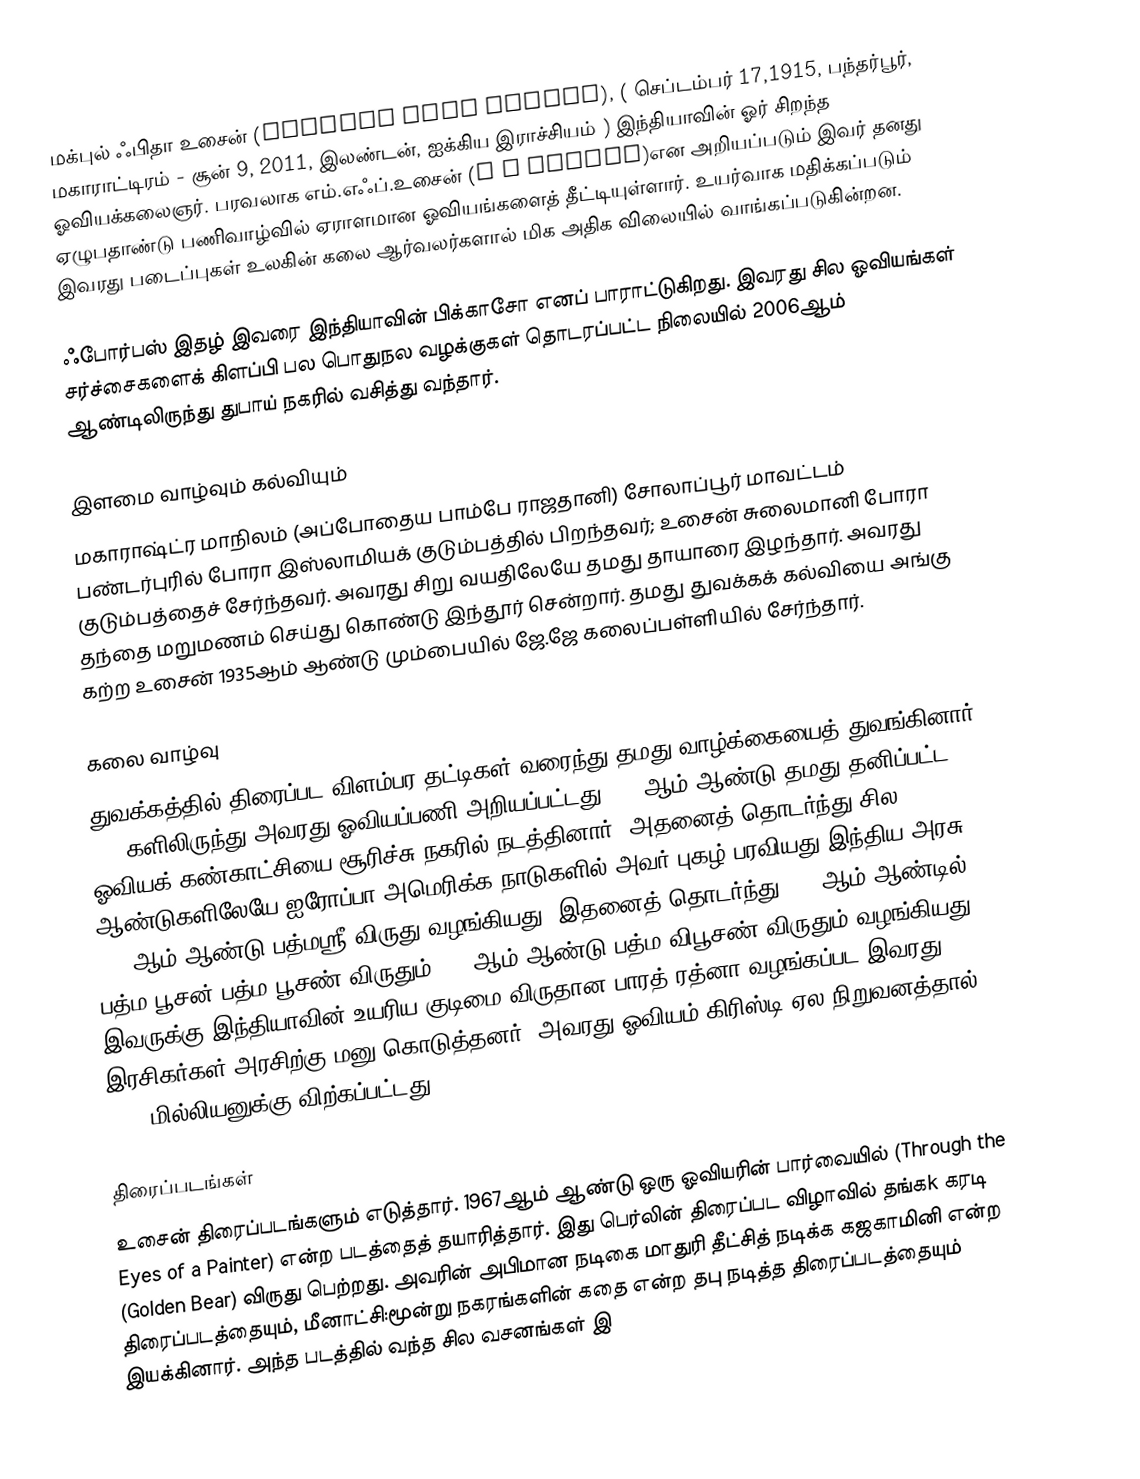
மக்புல் ஃபிதா உசைன் (Maqbool Fida Husain), ( செப்டம்பர் 17,1915, பந்தர்பூர், மகாராட்டிரம் - சூன் 9, 2011, இலண்டன், ஐக்கிய இராச்சியம் ) இந்தியாவின் ஓர் சிறந்த ஓவியக்கலைஞர். பரவலாக  எம்.எஃப்.உசைன் (M F Husain)என அறியப்படும் இவர் தனது ஏழுபதாண்டு பணிவாழ்வில் ஏராளமான ஓவியங்களைத் தீட்டியுள்ளார். உயர்வாக மதிக்கப்படும் இவரது படைப்புகள் உலகின் கலை ஆர்வலர்களால் மிக அதிக விலையில் வாங்கப்படுகின்றன.

ஃபோர்பஸ் இதழ் இவரை இந்தியாவின் பிக்காசோ எனப் பாராட்டுகிறது. இவரது சில ஓவியங்கள் சர்ச்சைகளைக் கிளப்பி பல பொதுநல வழக்குகள் தொடரப்பட்ட நிலையில் 2006ஆம் ஆண்டிலிருந்து துபாய் நகரில் வசித்து வந்தார்.

இளமை வாழ்வும் கல்வியும்
மகாராஷ்ட்ர மாநிலம் (அப்போதைய பாம்பே ராஜதானி) சோலாப்பூர் மாவட்டம் பண்டர்புரில் போரா இஸ்லாமியக் குடும்பத்தில் பிறந்தவர்; உசைன் சுலைமானி போரா குடும்பத்தைச் சேர்ந்தவர். அவரது சிறு வயதிலேயே தமது தாயாரை இழந்தார். அவரது தந்தை மறுமணம் செய்து கொண்டு இந்தூர் சென்றார். தமது துவக்கக் கல்வியை அங்கு கற்ற உசைன் 1935ஆம் ஆண்டு மும்பையில் ஜே.ஜே கலைப்பள்ளியில் சேர்ந்தார்.

கலை வாழ்வு
துவக்கத்தில் திரைப்பட விளம்பர தட்டிகள் வரைந்து தமது வாழ்க்கையைத் துவங்கினார். 1940களிலிருந்து அவரது ஓவியப்பணி அறியப்பட்டது.1952ஆம் ஆண்டு தமது தனிப்பட்ட ஓவியக் கண்காட்சியை சூரிச்சு நகரில் நடத்தினார். அதனைத் தொடர்ந்து சில ஆண்டுகளிலேயே ஐரோப்பா,அமெரிக்க நாடுகளில் அவர் புகழ் பரவியது.இந்திய அரசு 1955ஆம் ஆண்டு பத்மஸ்ரீ விருது வழங்கியது. இதனைத் தொடர்ந்து 1973ஆம் ஆண்டில் பத்ம பூசன்|பத்ம பூசண் விருதும் 1991ஆம் ஆண்டு பத்ம விபூசண் விருதும் வழங்கியது. இவருக்கு இந்தியாவின் உயரிய குடிமை விருதான பாரத் ரத்னா வழங்கப்பட இவரது இரசிகர்கள் அரசிற்கு மனு கொடுத்தனர். அவரது ஓவியம் கிரிஸ்டி ஏல நிறுவனத்தால் $1.4 மில்லியனுக்கு விற்கப்பட்டது.

திரைப்படங்கள்
உசைன் திரைப்படங்களும் எடுத்தார். 1967ஆம் ஆண்டு ஒரு ஓவியரின் பார்வையில் (Through the Eyes of a Painter) என்ற படத்தைத் தயாரித்தார். இது பெர்லின் திரைப்பட விழாவில் தங்கk கரடி (Golden Bear) விருது பெற்றது. அவரின் அபிமான நடிகை மாதுரி தீட்சித் நடிக்க கஜகாமினி என்ற திரைப்படத்தையும், மீனாட்சி:மூன்று நகரங்களின் கதை என்ற தபு நடித்த திரைப்படத்தையும் இயக்கினார். அந்த படத்தில் வந்த சில வசனங்கள் இ